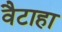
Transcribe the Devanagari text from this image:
वैटाहा